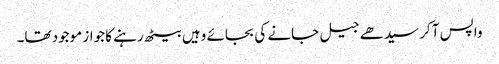
واپس آ کر سیدھے جیل جانے کی بجائے وہیں بیٹھ رہنے کا جواز موجود تھا۔